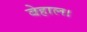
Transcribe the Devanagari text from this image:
बेहाल।